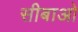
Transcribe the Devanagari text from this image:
सीबाओ